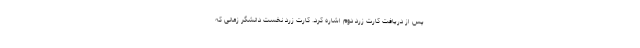
پس از دریافت کارت زرد دوم اشاره کرد. کارت زرد نخست دانشگر زمانی که